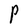
Character: P